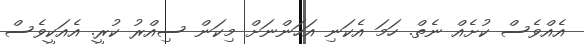
އެއްވެސް ކުށެއް ނެތް. ހަމަ އެކަނި އަހަންނަށް މިކަން ސިއްރު ކުރީ. އެއަކީވެސް